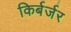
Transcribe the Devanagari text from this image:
किर्बर्जर